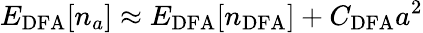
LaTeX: E_{\mathrm{DFA}}[n_{a}]\approx E_{\mathrm{DFA}}[n_{\mathrm{DFA}}]+C_{\mathrm{DFA}}a^{2}